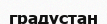
градустан